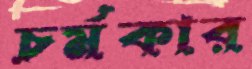
চর্মকার